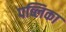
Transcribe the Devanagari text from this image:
पब्लिका